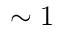
\sim 1